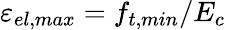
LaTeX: \varepsilon_{el,max}=f_{t,min}/E_{c}